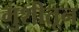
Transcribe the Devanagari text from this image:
मुशीतून